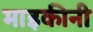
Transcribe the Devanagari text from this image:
माइकीनी